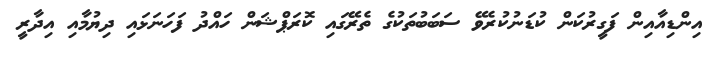
އިންޑިއާއިން ފަގީރުކަން ކުޑަނުކުރެވޭ ސަބަބުތަކުގެ ތެރޭގައި ކޮރަޕްޝަން ހައްދު ފަހަނަޅައި ދިޔުމާއި އިދާރީ